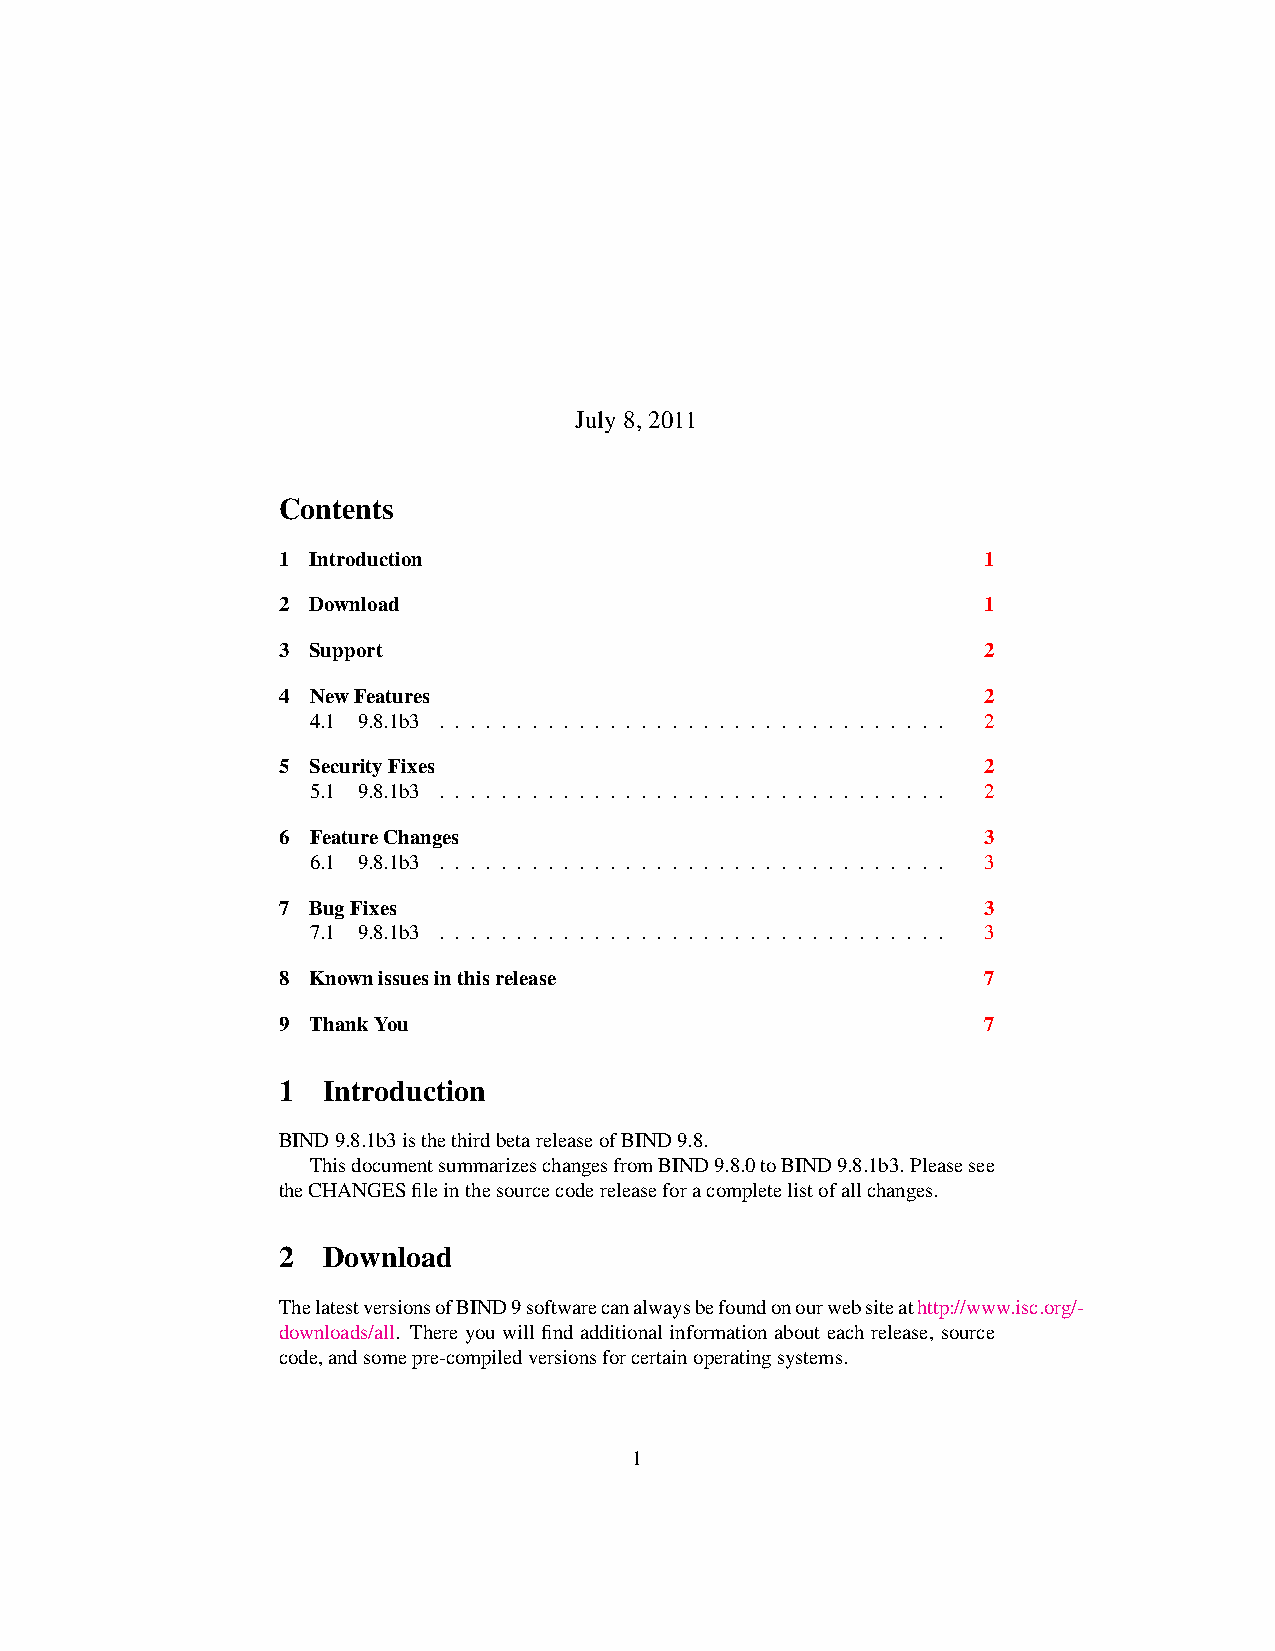
July8,2011
 Contents
 1  Introduction                                1
 2  Download                                    1
 3  Support                                     2
 4  NewFeatures                                 2
 4.1 9.8.1b3 . . . . . . . . . . . . . . . . . . . . . . . . . . . . . . . . . 2
 5  SecurityFixes                               2
 5.1 9.8.1b3 . . . . . . . . . . . . . . . . . . . . . . . . . . . . . . . . . 2
 6  FeatureChanges                              3
 6.1 9.8.1b3 . . . . . . . . . . . . . . . . . . . . . . . . . . . . . . . . . 3
 7  BugFixes                                    3
 7.1 9.8.1b3 . . . . . . . . . . . . . . . . . . . . . . . . . . . . . . . . . 3
 8  Knownissuesinthisrelease                    7
 9  ThankYou                                    7
 1  Introduction
 BIND9.8.1b3isthethirdbetareleaseofBIND9.8.
 ThisdocumentsummarizeschangesfromBIND9.8.0toBIND9.8.1b3. Pleasesee
 theCHANGESfileinthesourcecodereleaseforacompletelistofallchanges.
 2  Download
 ThelatestversionsofBIND9softwarecanalwaysbefoundonourwebsiteathttp://www.isc.org/-
 downloads/all. There you will find additional information about each release, source
 code,andsomepre-compiledversionsforcertainoperatingsystems.
 1